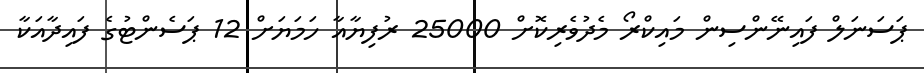
ޕަސަނަލް ފައިނޭންސިން މައިކްރޯ މެދުވެރިކޮށް 25000 ރުފިޔާއާ ހަމަޔަށް 12 ޕަސެންޓުގެ ފައިދާއަކާ